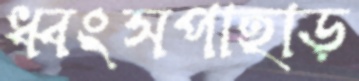
ধ্বংসপাহাড়